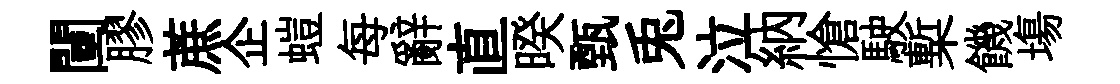
闉膠蔗企螘每辭直暌甄兎泣納愴駛槧饑塲